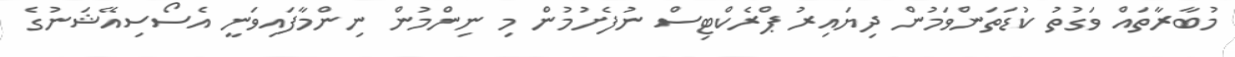
މުބާރާތައް ވަގުތު ކުޑަތަންވަމުން ދިޔައިރު ޕްރެކްޓިސް ނުފެށުމުން މި ނިންމުން ނިންމާފައިވަނީ އެސޯސިއޭޝަނުގެ